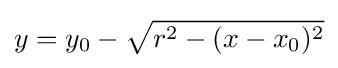
y=y_{0}-{\sqrt {r^{2}-(x-x_{0})^{2}}}